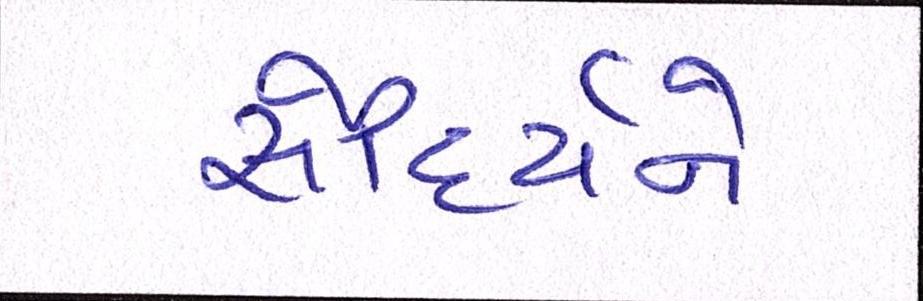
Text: સૌદર્યને